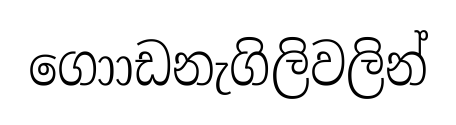
ගොාඩනැගිලිවලින්